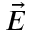
\vec { E }